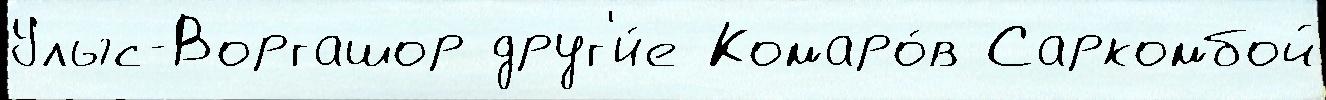
Улыс-Воргашор друг'и́е Комаро́в Саркомбой